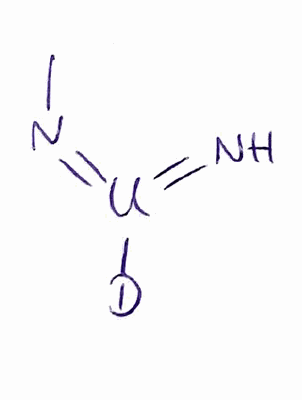
Simplified molecular-input line-entry system (SMILES) notation of the given molecule:
[2H][U](=N)=NC